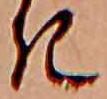
き